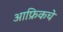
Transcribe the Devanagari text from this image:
आफ्रिकचे